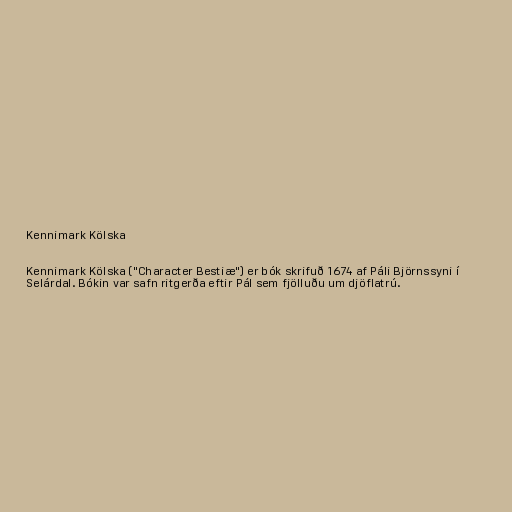
Kennimark Kölska

Kennimark Kölska ("Character Bestiæ") er bók skrifuð 1674 af Páli Björnssyni í
Selárdal. Bókin var safn ritgerða eftir Pál sem fjölluðu um djöflatrú.